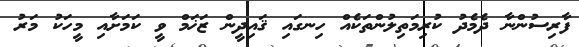
ފާރިސުންނާ ދެމެދު ކުރިމަތިލުންތަކެއް ހިނގައި ޤައިދީން ޒަޚަމް ވީ ކަމަށާއި މީހަކު މަރު